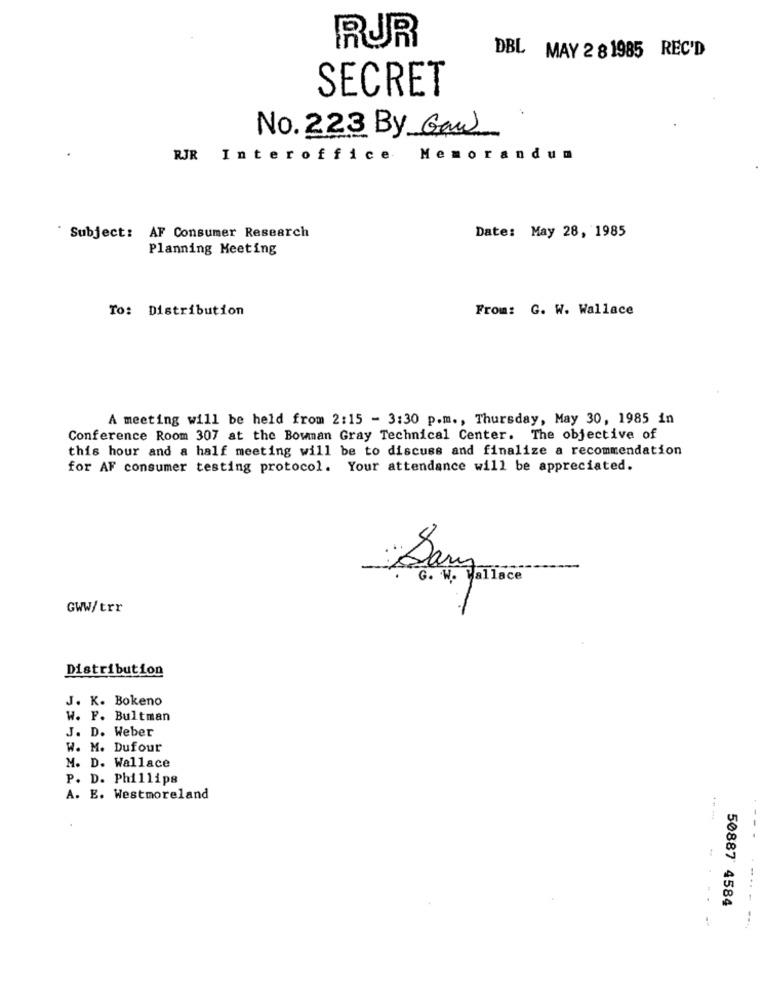
RUR
DBL MAY 2 8 1985 REC'D
SECRET
No. 223 By Gaw
RJR Interoffice
Memorandum
Subject: AF Consumer Research
Date: May 28, 1985
Planning Meeting
To: Distribution
From: G. W. Wallace
A meeting will be held from 2:15 - 3:30 p.m ., Thursday, May 30, 1985 in
Conference Room 307 at the Bowman Gray Technical Center. The objective of
this hour and a half meeting will be to discuss and finalize a recommendation
for AF consumer testing protocol. Your attendance will be appreciated.
Say
G. W. Wallace
GWW/trr
Distribution
J. K. Bokeno
W. F. Bultman
J. D. Weber
W. M. Dufour
M. D. Wallace
P. D. Phillips
A. E. Westmoreland
--.
50887 4584